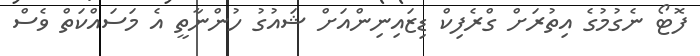
ފޮޓޯ ނެގުމުގެ އިތުރަށް ގްރެފިކް ޑިޒައިނިންއަށް ޝައުގު ހުންނާތީ އެ މަސައްކަތް ވެސް